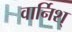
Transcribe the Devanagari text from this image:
वार्निश्